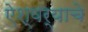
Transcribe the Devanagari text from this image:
ऐश्वर्याचे